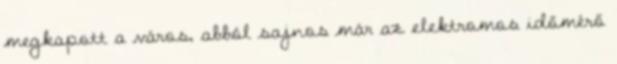
megkapott a város, abból sajnos már az elektromos időmérő